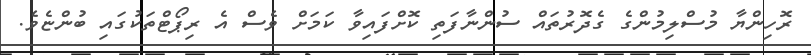
ރޮހިންޔާ މުސްލިމުންގެ ގެދޮރުތައް ސުންނާފަތި ކޮށްފައިވާ ކަމަށް ވެސް އެ ރިޕޯޓްތަކުގައި ބުންޏެވެ.